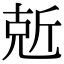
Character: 𠒙